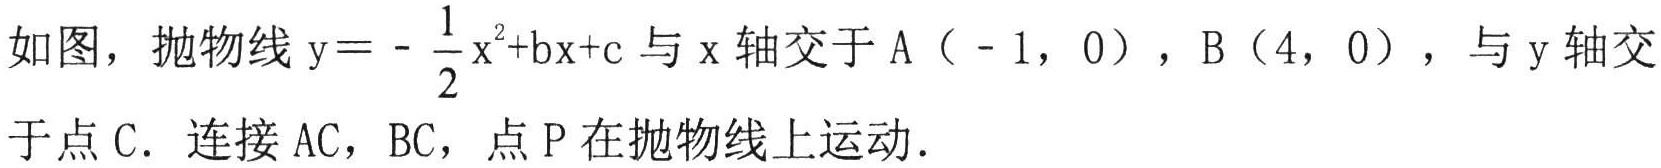
如图，抛物线\(y = -\frac{1}{2}x^{2}+bx + c\)与\(x\)轴交于A（\(-1,0\)），B（\(4,0\)），与\(y\)轴交于点C．连接AC，BC，点P在抛物线上运动．